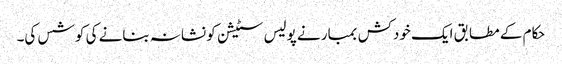
حکام کے مطابق ایک خودکش بمبار نے پولیس سٹیشن کو نشانہ بنانے کی کوشس کی۔